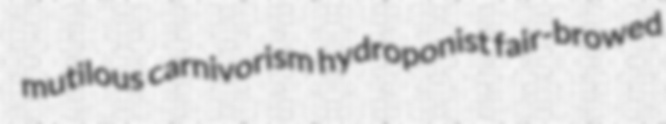
mutilous carnivorism hydroponist fair-browed